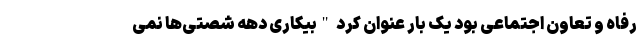
رفاه و تعاون اجتماعی بود یک بار عنوان کرد "بیکاری دهه شصتی‌ها نمی